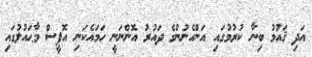
އަދި ޤައުމު ބިނާ ކުރުމުގައި އަންހެނުންގެ ދައުރު އޮންނަނީ ހަމައެކަނި އޮފީސް މާޙައުލުގައި